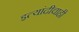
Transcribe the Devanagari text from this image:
इत्यांदीचाही